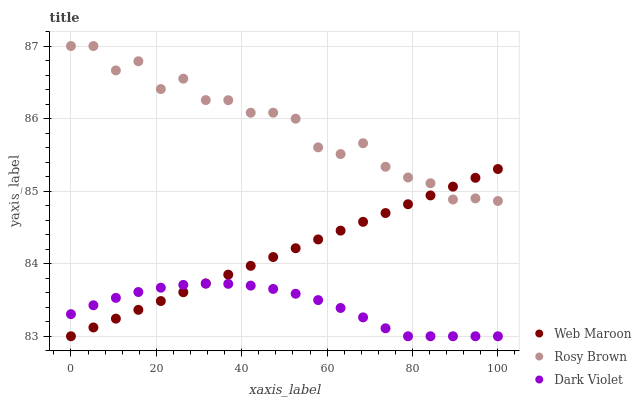
| xaxis_label | Web Maroon | Rosy Brown | Dark Violet |
 | --- | --- | --- | --- |
 | 0 | 83 | 87 | 83.3 |
 | 5.26 | 83.1 | 87 | 83.4 |
 | 10.5 | 83.2 | 86.7 | 83.5 |
 | 15.8 | 83.4 | 86.8 | 83.6 |
 | 21.1 | 83.5 | 86.4 | 83.7 |
 | 26.3 | 83.6 | 86.5 | 83.7 |
 | 31.6 | 83.7 | 86.3 | 83.7 |
 | 36.8 | 83.8 | 86.3 | 83.7 |
 | 42.1 | 84 | 86.1 | 83.7 |
 | 47.4 | 84.1 | 86.1 | 83.7 |
 | 52.6 | 84.2 | 86 | 83.6 |
 | 57.9 | 84.3 | 85.6 | 83.5 |
 | 63.2 | 84.5 | 85.5 | 83.4 |
 | 68.4 | 84.6 | 85.7 | 83.3 |
 | 73.7 | 84.7 | 85.3 | 83.1 |
 | 78.9 | 84.8 | 85.2 | 83 |
 | 84.2 | 84.9 | 85.1 | 83 |
 | 89.5 | 85.1 | 84.9 | 83 |
 | 94.7 | 85.2 | 84.9 | 83 |
 | 100 | 85.3 | 84.9 | 83 |